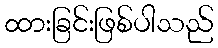
ထားခြင်းဖြစ်ပါသည်